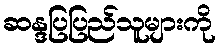
ဆန္ဒပြပြည်သူများကို